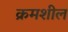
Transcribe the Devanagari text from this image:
क्रमशील